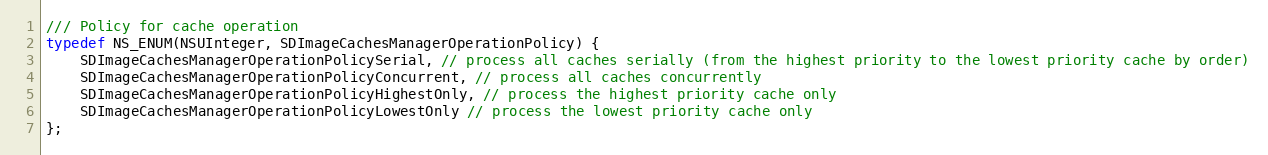
Language: C
/// Policy for cache operation
typedef NS_ENUM(NSUInteger, SDImageCachesManagerOperationPolicy) {
    SDImageCachesManagerOperationPolicySerial, // process all caches serially (from the highest priority to the lowest priority cache by order)
    SDImageCachesManagerOperationPolicyConcurrent, // process all caches concurrently
    SDImageCachesManagerOperationPolicyHighestOnly, // process the highest priority cache only
    SDImageCachesManagerOperationPolicyLowestOnly // process the lowest priority cache only
};